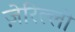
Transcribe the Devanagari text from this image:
ज़ेरिल्ली